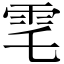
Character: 䨋